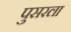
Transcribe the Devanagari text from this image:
पुसरला